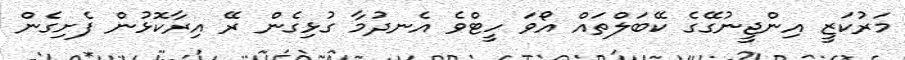
މަރުކަޒީ އިންޖީނުގޭގެ ކޭބަލްތައް އޯވަ ހީޓްވެ އެނދުމާ ގުޅިގެން ރޭ އިރާކޮޅުން ފެށިގެން